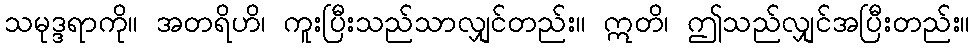
သမုဒ္ဒရာကို။ အတရိဟိ၊ ကူးပြီးသည်သာလျှင်တည်း။ ဣတိ၊ ဤသည်လျှင်အပြီးတည်း။